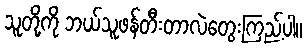
သူတို့ကို ဘယ်သူဖန်တီးတာလဲတွေးကြည့်ပါ။